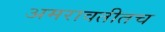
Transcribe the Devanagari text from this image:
अमरावतीतच